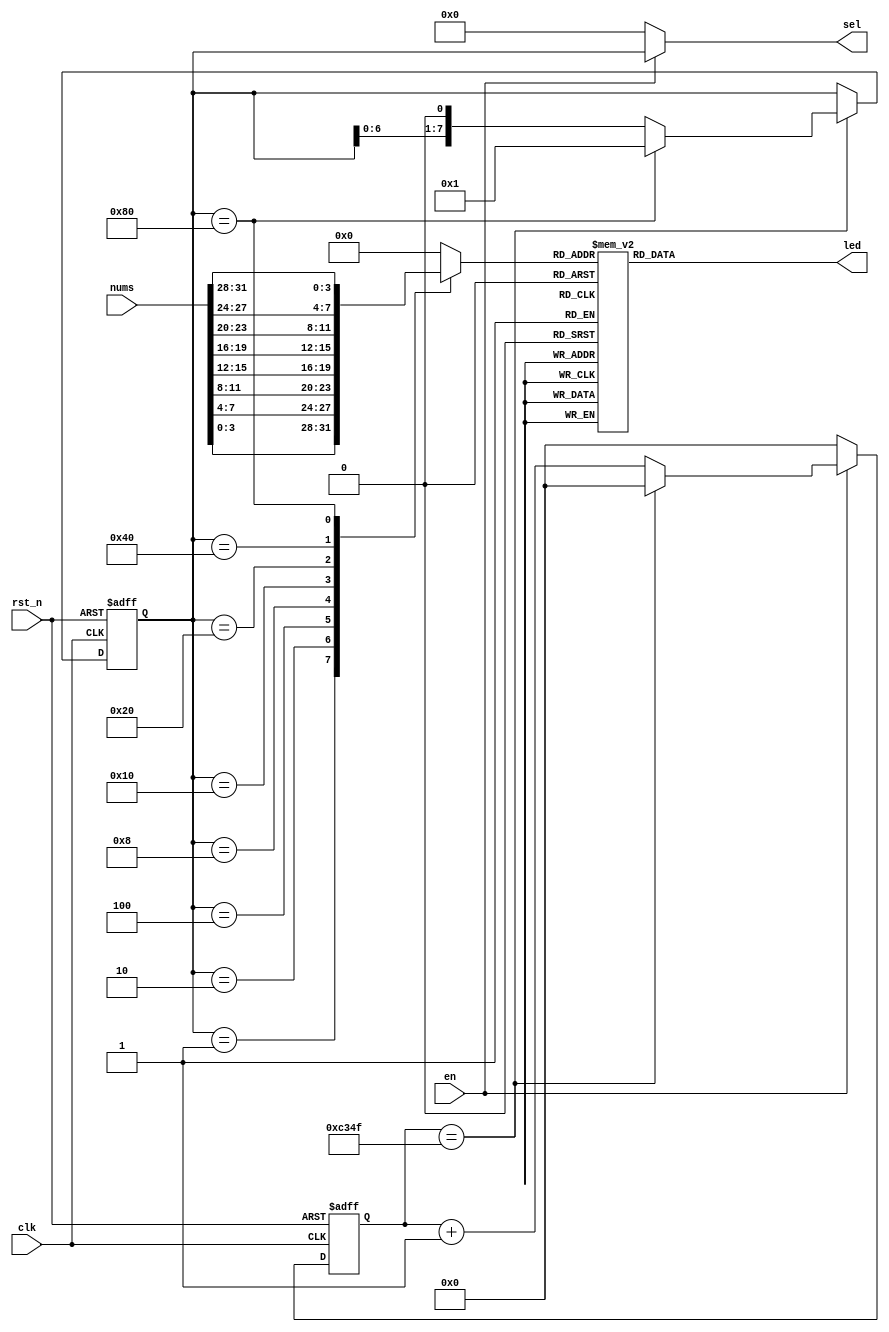
module digital_display(

	clk,
	rst_n,
	nums,
	en,
	sel,
	led

);

	input [31:0] nums;
	input clk;
	input rst_n;
	input en;
	
	output  [7:0] sel;
	output reg [6:0]led;
	
	reg [7:0] sel_r;
	reg [15:0] cnt;
	
	reg [3:0]show_num;

	
	always@(posedge clk or negedge rst_n)
		if(!rst_n)
			cnt <= 0;
		else if(!en)
			cnt <= 0;
		else if(cnt == 49999)
			cnt <= 0;
		else
			cnt <= cnt + 1'b1;
			
			
	always@(posedge clk or negedge rst_n)
		if(!rst_n) 
			sel_r <= 8'b00000001;
		else if(cnt == 49999) 
			if(sel_r == 8'b10000000)
				sel_r <= 8'b00000001;
			else 
				sel_r <= sel_r << 1;
		else
			sel_r <= sel_r;
		
	
	
	always@(*) 
		case(sel_r)   
			8'b00000001: show_num = nums[3:0]; 
			8'b00000010: show_num = nums[7:4]; 
			8'b00000100: show_num = nums[11:8]; 
			8'b00001000: show_num = nums[15:12];
			8'b00010000: show_num = nums[19:16];
			8'b00100000: show_num = nums[23:20];
			8'b01000000: show_num = nums[27:24];
			8'b10000000: show_num = nums[31:28];
			default: show_num = 0;
		endcase
		
	always@(*)
		case(show_num)
			4'h0 :led = 7'b1000000;
			4'h1 :led = 7'b1111001;
			4'h2 :led = 7'b0100100;
			4'h3 :led = 7'b0110000;
			4'h4 :led = 7'b0011001;
			4'h5 :led = 7'b0010010;
			4'h6 :led = 7'b0000010;
			4'h7 :led = 7'b1111000;
			4'h8 :led = 7'b0000000;
			4'h9 :led = 7'b0010000;
			4'ha :led = 7'b0001000;
			4'hb :led = 7'b0000011;
			4'hc :led = 7'b1000110;
			4'hd :led = 7'b0100001;
			4'he :led = 7'b0000110;
			4'hf :led = 7'b0001110;
		endcase
		
	assign sel = en?sel_r:8'b00000000;

endmodule